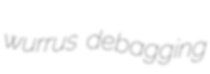
wurrus debagging